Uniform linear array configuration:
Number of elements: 4
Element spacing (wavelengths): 0.25
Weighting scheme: exponential
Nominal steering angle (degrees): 15
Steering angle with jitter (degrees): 14.413
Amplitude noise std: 0.05
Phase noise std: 0.05

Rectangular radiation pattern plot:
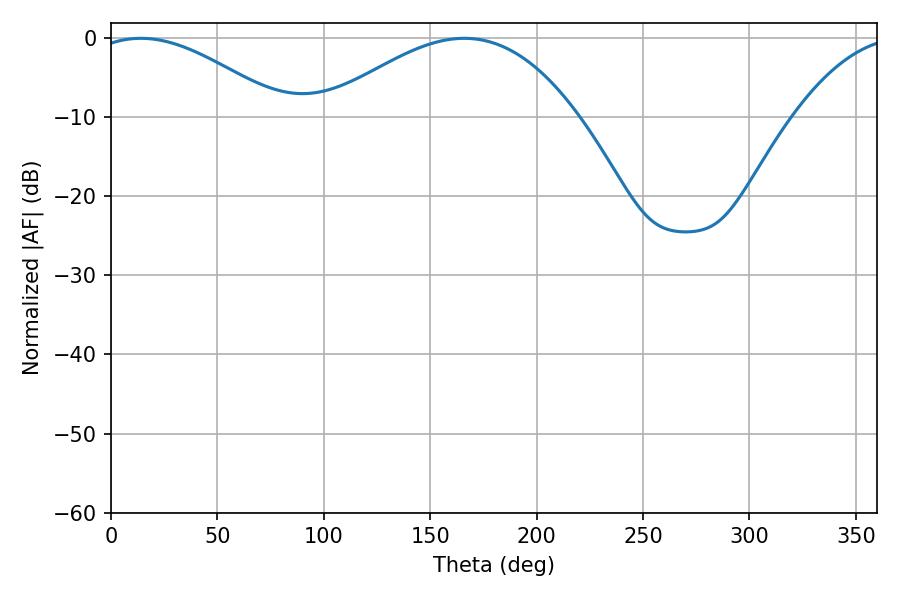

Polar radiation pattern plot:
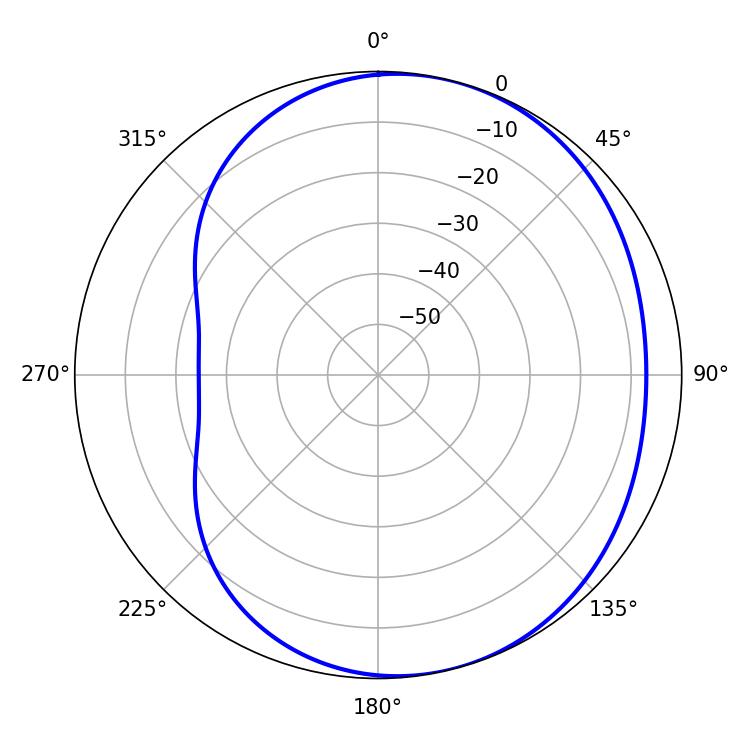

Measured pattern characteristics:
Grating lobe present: FALSE
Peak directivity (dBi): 4.326
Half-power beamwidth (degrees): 49.5
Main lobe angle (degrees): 14.04